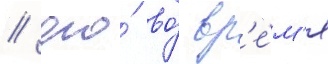
/ его́ во́ вр'е́м'я